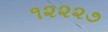
૧૨૨૨૭